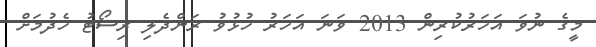
މީގެ ނުވަ އަހަރުކުރިން 2013 ވަނަ އަހަރު ހުޅުވު ރަންދެލި ރިސޯޓު ހެދުމަށް